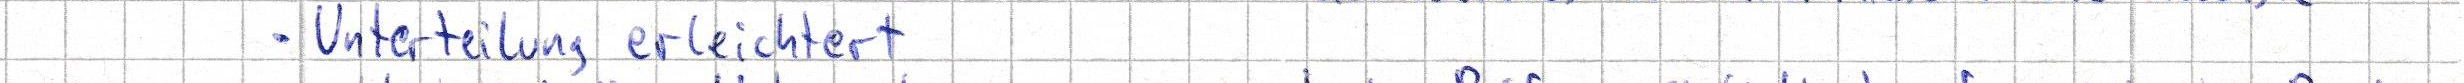
- Unterteilung erleichtert